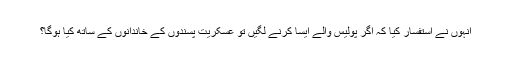
انہوں نے استفسار کیا کہ اگر پولیس والے ایسا کرنے لگیں تو عسکریت پسندوں کے خاندانوں کے ساتھ کیا ہوگا؟